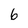
Character: 6